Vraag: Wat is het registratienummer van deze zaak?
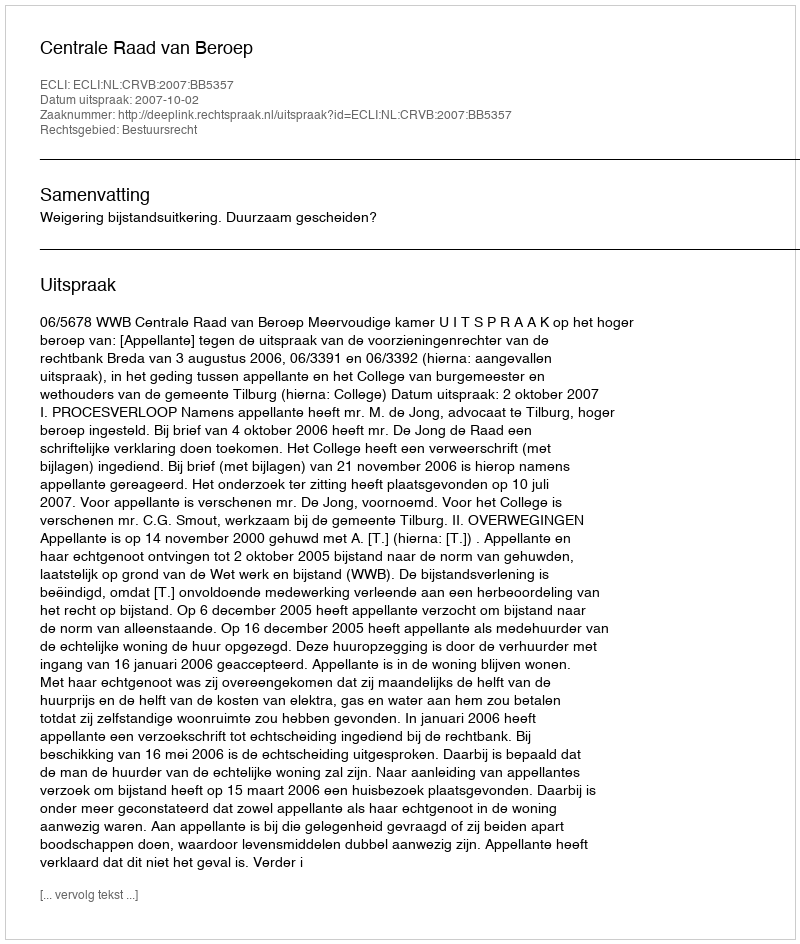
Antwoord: http://deeplink.rechtspraak.nl/uitspraak?id=ECLI:NL:CRVB:2007:BB5357